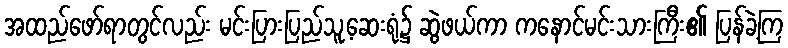
အထည်ဖော်ရာတွင်လည်း မင်းပြားပြည်သူ့ဆေးရုံ၌ ဆွဲဖယ်ကာ ကနောင်မင်းသားကြီး၏ ပြန်ခဲ့ကြ